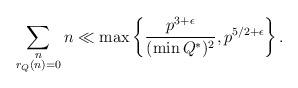
LaTeX: \begin{align*}\sum_{\substack{n \\ r_{Q}(n) = 0}} n \ll \max \left\{ \frac{p^{3+\epsilon}}{(\min Q^{*})^{2}}, p^{5/2 + \epsilon} \right\}.\end{align*}